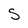
Character: S